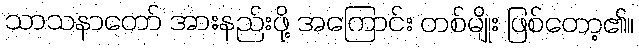
သာသနာတော် အားနည်းဖို့ အကြောင်း တစ်မျိုး ဖြစ်တော့၏။